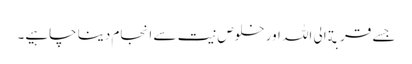
جسے قربة الی اللہ اور خلوص نیت سے انجام دینا چاہیے۔